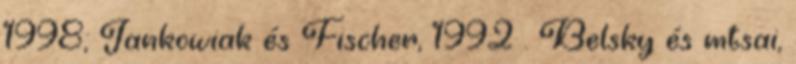
1998; Jankowiak és Fischer, 1992 . Belsky és mtsai,